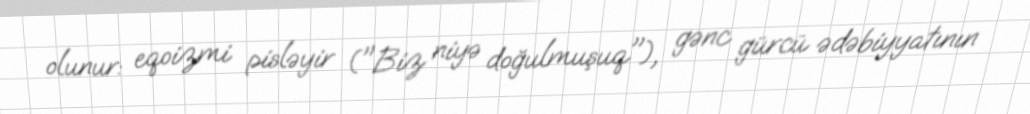
olunur: eqoizmi pisləyir ("Biz niyə doğulmuşuq"), gənc gürcü ədəbiyyatının